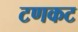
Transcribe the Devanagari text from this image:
टणकट